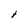
Character: t